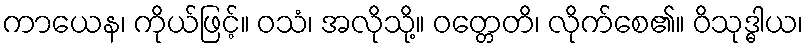
ကာယေန၊ ကိုယ်ဖြင့်။ ဝသံ၊ အလိုသို့။ ဝတ္တေတိ၊ လိုက်စေ၏။ ဝိသုဒ္ဓါယ၊